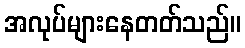
အလုပ်များနေတတ်သည်။